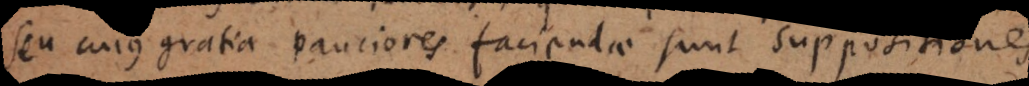
seu cujus gratia pauciores faciendae sunt suppositiones.